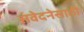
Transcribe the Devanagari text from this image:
संवेदनेसाठी